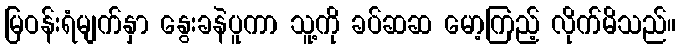
မြဝန်းရံမျက်နှာ နွေးခနဲပူကာ သူ့ကို ခပ်ဆဆ မော့ကြည့် လိုက်မိသည်။